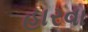
હારવા